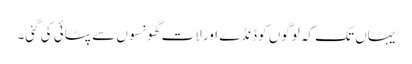
یہاں تک کہ لوگوں کوڈنڈے اورلات گھونسوں سے پٹائی کی گئی۔